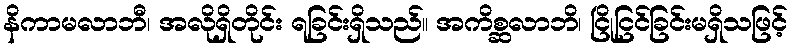
နိကာမလာဘီ၊ အလိုရှိတိုင်း ရခြင်းရှိသည်။ အကိစ္ဆလာဘိ၊ ငြိုငြင်ခြင်းမရှိသဖြင့်